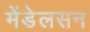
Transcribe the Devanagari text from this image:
मेंडेलसन